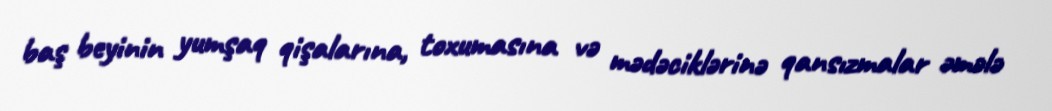
baş beyinin yumşaq qişalarına, toxumasına və mədəciklərinə qansızmalar əmələ